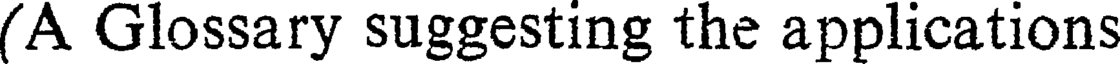
(A Glossary suggesting the applications